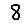
Digit: 8